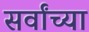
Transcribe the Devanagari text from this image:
सर्वांच्‍या